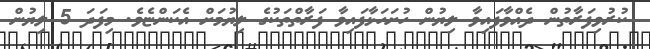
ކުރުވިފަރާތުން ދެއްވާފައިވާ ލިޔުން ހުށަހަޅާފައިވާ ފަރާތްތަކުގެ ލިޔުމަށް އެކަންޏެވެ. މިފަދަ 5 ލިޔުން